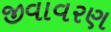
જીવાવરણ